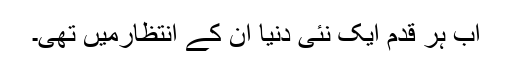
اب ہر قدم ایک نئی دنیا ان کے انتظارمیں تھی۔